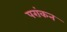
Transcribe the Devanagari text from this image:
परांकन